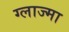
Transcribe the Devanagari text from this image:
ग्लाज्मा